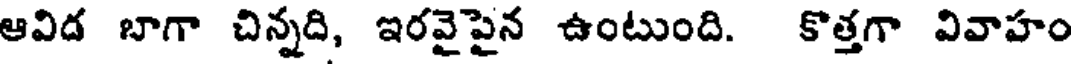
ఆవిడ బాగా చిన్నది, ఇరవైపైన ఉంటుంది. కొత్తగా వివాహం